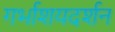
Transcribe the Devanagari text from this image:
गर्भाशयदर्शन